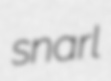
snarl